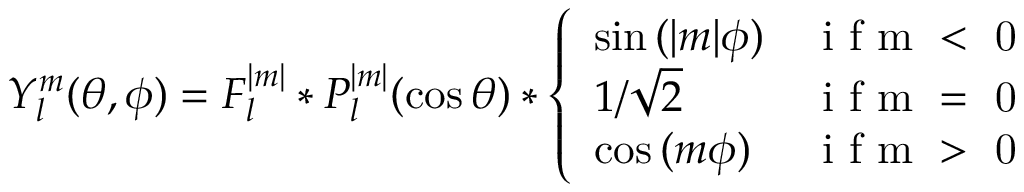
Y _ { l } ^ { m } ( \theta , \phi ) = F _ { l } ^ { | m | } * P _ { l } ^ { | m | } ( \cos { \theta } ) * \left\{ \begin{array} { l l } { \sin { ( | m | \phi ) } } & { \mathrm { ~ i ~ f ~ m ~ < ~ 0 ~ } } \\ { 1 / \sqrt { 2 } } & { \mathrm { ~ i ~ f ~ m ~ = ~ 0 ~ } } \\ { \cos { ( m \phi ) } } & { \mathrm { ~ i ~ f ~ m ~ > ~ 0 ~ } } \end{array} \right.